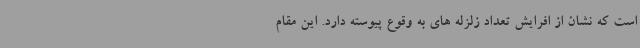
است که نشان از افرایش تعداد زلزله های به وقوع پیوسته دارد. این مقام